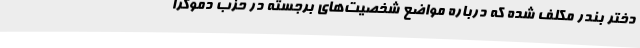
دختر بندر مکلف شده که درباره مواضع شخصیت‌های برجسته در حزب دموکرا